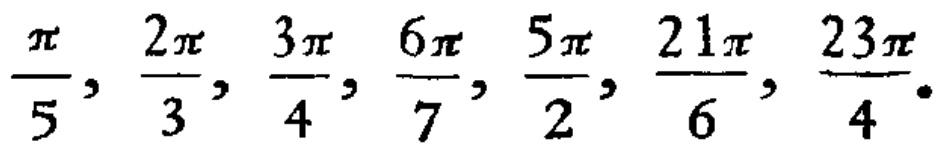
$\frac{\pi}{5}, \frac{2\pi}{3}, \frac{3\pi}{4}, \frac{6\pi}{7}, \frac{5\pi}{2}, \frac{21\pi}{6}, \frac{23\pi}{4}.$